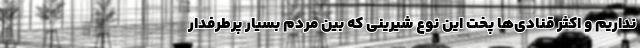
نداریم و اکثر قنادی‌ها پخت این نوع شیرینی که بین مردم بسیار پرطرفدار